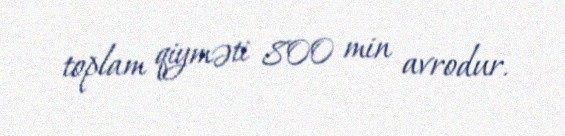
toplam qiyməti 800 min avrodur.